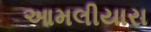
આમલીયારા